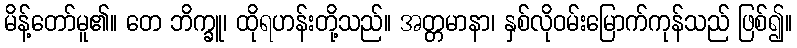
မိန့်တော်မူ၏။ တေ ဘိက္ခူ၊ ထိုရဟန်းတို့သည်။ အတ္တမာနာ၊ နှစ်လိုဝမ်းမြောက်ကုန်သည် ဖြစ်၍။